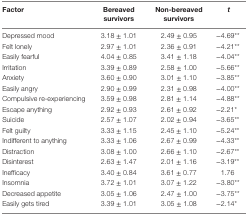
<table><thead><tr><td><b>Factor</b></td><td><b>Bereaved survivors</b></td><td><b>Non-bereaved survivors</b></td><td><b><i>t</i></b></td></tr></thead><tbody><tr><td>Depressed mood</td><td>3.18 ± 1.01</td><td>2.49 ± 0.95</td><td>−4.69**</td></tr><tr><td>Felt lonely</td><td>2.97 ± 1.01</td><td>2.36 ± 0.91</td><td>−4.21**</td></tr><tr><td>Easily fearful</td><td>4.04 ± 0.85</td><td>3.41 ± 1.18</td><td>−4.04**</td></tr><tr><td>Irritation</td><td>3.39 ± 0.89</td><td>2.58 ± 1.00</td><td>−5.66**</td></tr><tr><td>Anxiety</td><td>3.60 ± 0.90</td><td>3.01 ± 1.10</td><td>−3.85**</td></tr><tr><td>Easily angry</td><td>2.90 ± 0.99</td><td>2.31 ± 0.98</td><td>−4.00**</td></tr><tr><td>Compulsive re-experiencing</td><td>3.59 ± 0.98</td><td>2.81 ± 1.14</td><td>−4.88**</td></tr><tr><td>Escape anything</td><td>2.92 ± 0.93</td><td>2.61 ± 0.92</td><td>−2.21*</td></tr><tr><td>Suicide</td><td>2.57 ± 1.07</td><td>2.02 ± 0.94</td><td>−3.65**</td></tr><tr><td>Felt guilty</td><td>3.33 ± 1.15</td><td>2.45 ± 1.10</td><td>−5.24**</td></tr><tr><td>Indifferent to anything</td><td>3.33 ± 1.06</td><td>2.67 ± 0.99</td><td>−4.33**</td></tr><tr><td>Distraction</td><td>3.08 ± 1.00</td><td>2.66 ± 1.10</td><td>−2.67**</td></tr><tr><td>Disinterest</td><td>2.63 ± 1.47</td><td>2.01 ± 1.16</td><td>−3.19**</td></tr><tr><td>Inefficacy</td><td>3.40 ± 0.84</td><td>3.61 ± 0.77</td><td>1.76</td></tr><tr><td>Insomnia</td><td>3.72 ± 1.01</td><td>3.07 ± 1.22</td><td>−3.80**</td></tr><tr><td>Decreased appetite</td><td>3.05 ± 1.06</td><td>2.47 ± 1.00</td><td>−3.75**</td></tr><tr><td>Easily gets tired</td><td>3.39 ± 1.01</td><td>3.05 ± 1.08</td><td>−2.14*</td></tr></tbody></table>